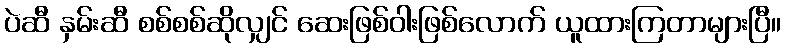
ပဲဆီ နှမ်းဆီ စစ်စစ်ဆိုလျှင် ဆေးဖြစ်ဝါးဖြစ်လောက် ယူထားကြတာများပြီ။